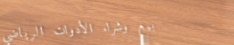
بيع وشراء الأدوات الرياضي